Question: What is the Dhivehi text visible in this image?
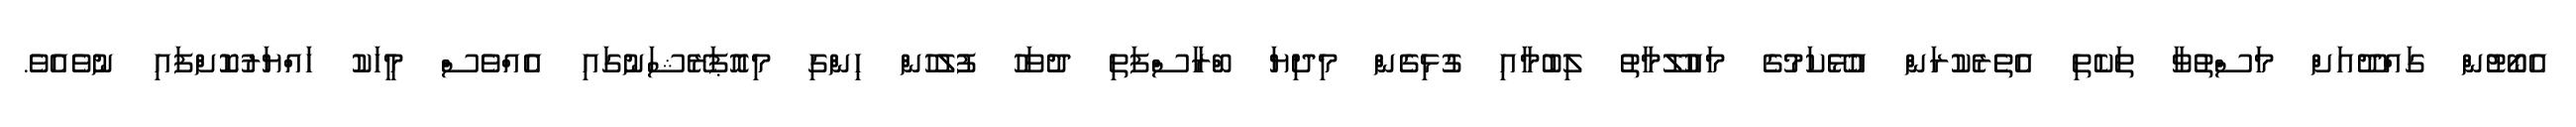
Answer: އެބޯޓުން ގައްދޫއަށް މަސްތުވާ ތަކެތި އެތެރެކުރަން އުޅޭކަމުގެ މައުލޫމާތު ލިބުމާއި ގުޅިގެން މިދިޔަ ބްރާސްފަތި ދުވަހު ފުލުހުން ހިންގި މިއޮޕަރޭޝަނުގައި އެއްވެސް މީހަކު ހައްޔަރުކޮށްފައި ނުވެއެވެ.